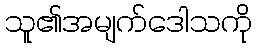
သူ၏အမျက်ဒေါသကို